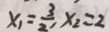
x _ { 1 } = \frac { 3 } { 2 } , x _ { 2 } = 2